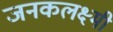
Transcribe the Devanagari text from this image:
जनकलक्ष्मी